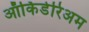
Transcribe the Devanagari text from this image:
ऑर्किडेरिअम